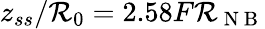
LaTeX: z_{ss}/\mathcal{R}_{0}=2.58F\mathcal{R}_{\mathrm{{~N~B~}}}